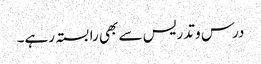
درس و تدریس سے بھی رابستہ رہے۔